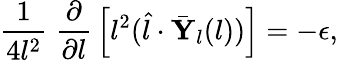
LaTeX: \frac{1}{4l^{2}}\; \frac{\partial}{\partial l}\, \left[l^{2}(\hat{l}\cdot\bar{\mathbf{Y}}_{l}(l))\right]=-\epsilon,